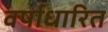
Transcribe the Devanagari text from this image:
वर्षाधारित